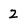
Character: 2